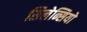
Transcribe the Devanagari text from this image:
सिलेन्सियो